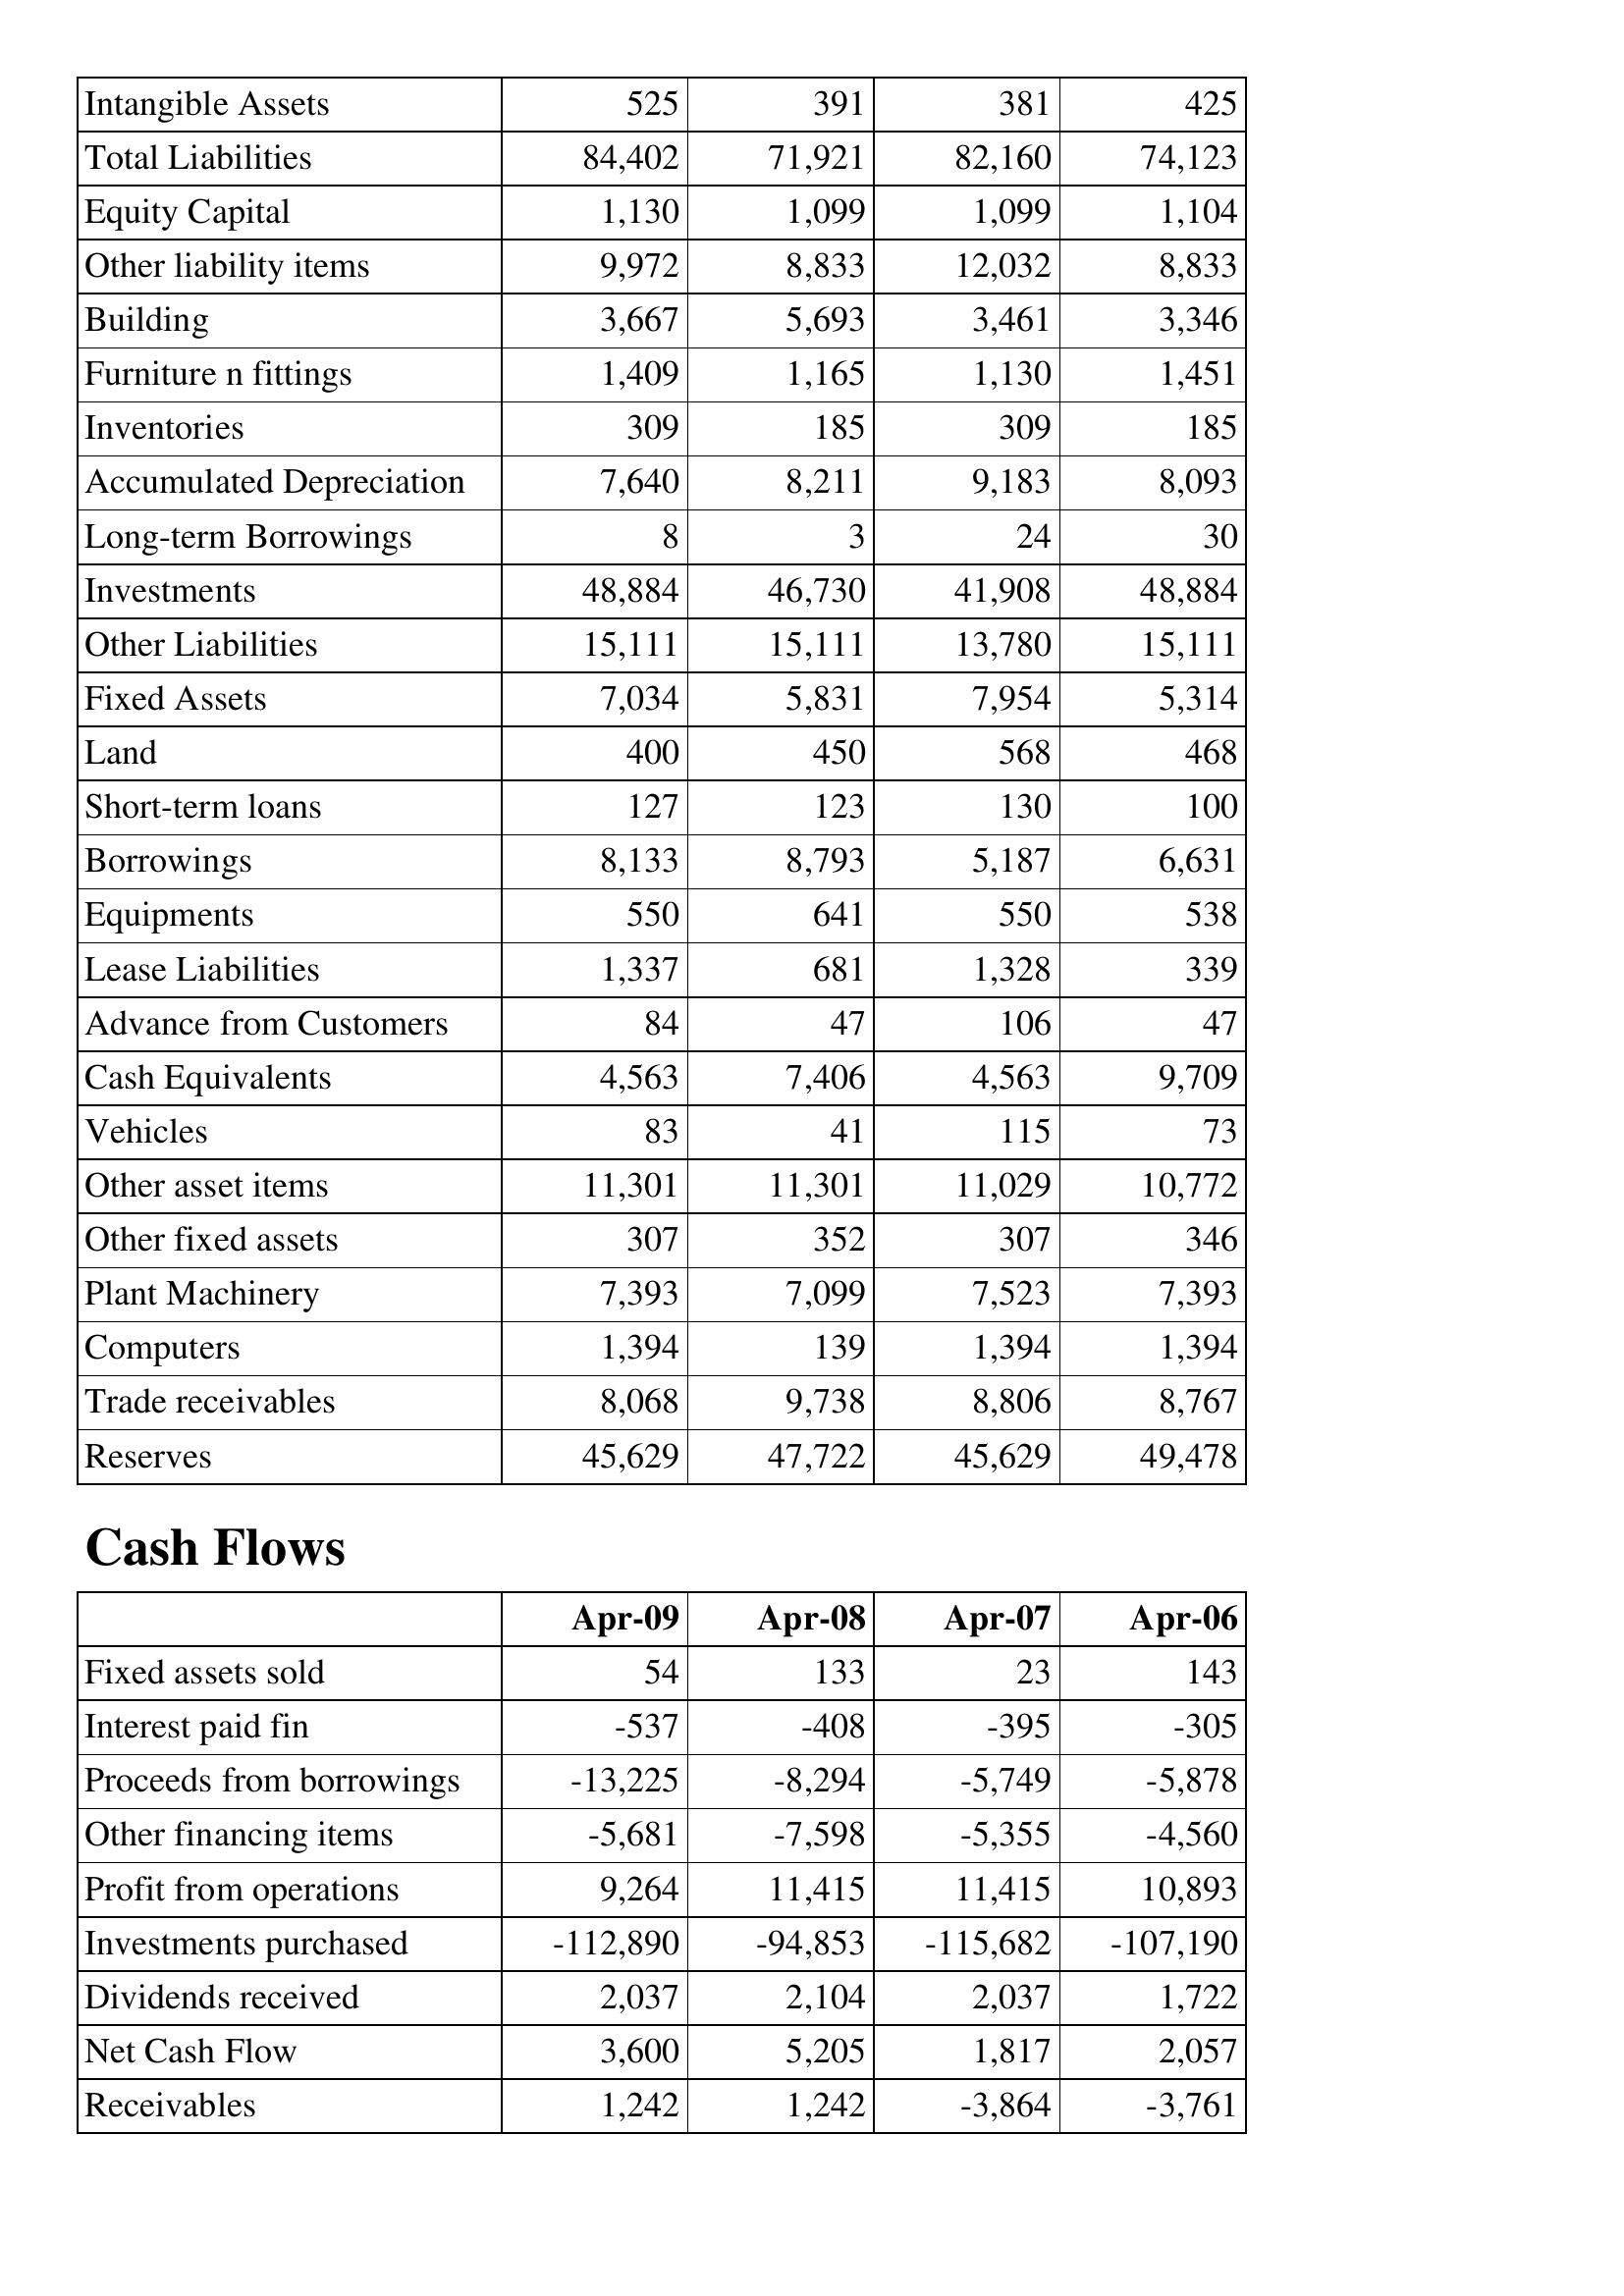
Apr-09: Balance Sheet: Intangible Assets: 525
Total Liabilities: 84,402
Equity Capital: 1,130
Other liability items: 9,972
Building: 3,667
Furniture n fittings: 1,409
Inventories: 309
Accumulated Depreciation: 7,640
Long-term Borrowings: 8
Investments: 48,884
Other Liabilities: 15,111
Fixed Assets: 7,034
Land: 400
Short-term loans: 127
Borrowings: 8,133
Equipments: 550
Lease Liabilities: 1,337
Advance from Customers: 84
Cash Equivalents: 4,563
Vehicles: 83
Other asset items: 11,301
Other fixed assets: 307
Plant Machinery: 7,393
Computers: 1,394
Trade receivables: 8,068
Reserves: 45,629
Cash Flows: Fixed assets sold: 54
Interest paid fin: -537
Proceeds from borrowings: -13,225
Other financing items: -5,681
Profit from operations: 9,264
Investments purchased: -112,890
Dividends received: 2,037
Net Cash Flow: 3,600
Receivables: 1,242
Apr-08: Balance Sheet: Intangible Assets: 391
Total Liabilities: 71,921
Equity Capital: 1,099
Other liability items: 8,833
Building: 5,693
Furniture n fittings: 1,165
Inventories: 185
Accumulated Depreciation: 8,211
Long-term Borrowings: 3
Investments: 46,730
Other Liabilities: 15,111
Fixed Assets: 5,831
Land: 450
Short-term loans: 123
Borrowings: 8,793
Equipments: 641
Lease Liabilities: 681
Advance from Customers: 47
Cash Equivalents: 7,406
Vehicles: 41
Other asset items: 11,301
Other fixed assets: 352
Plant Machinery: 7,099
Computers: 139
Trade receivables: 9,738
Reserves: 47,722
Cash Flows: Fixed assets sold: 133
Interest paid fin: -408
Proceeds from borrowings: -8,294
Other financing items: -7,598
Profit from operations: 11,415
Investments purchased: -94,853
Dividends received: 2,104
Net Cash Flow: 5,205
Receivables: 1,242
Apr-07: Balance Sheet: Intangible Assets: 381
Total Liabilities: 82,160
Equity Capital: 1,099
Other liability items: 12,032
Building: 3,461
Furniture n fittings: 1,130
Inventories: 309
Accumulated Depreciation: 9,183
Long-term Borrowings: 24
Investments: 41,908
Other Liabilities: 13,780
Fixed Assets: 7,954
Land: 568
Short-term loans: 130
Borrowings: 5,187
Equipments: 550
Lease Liabilities: 1,328
Advance from Customers: 106
Cash Equivalents: 4,563
Vehicles: 115
Other asset items: 11,029
Other fixed assets: 307
Plant Machinery: 7,523
Computers: 1,394
Trade receivables: 8,806
Reserves: 45,629
Cash Flows: Fixed assets sold: 23
Interest paid fin: -395
Proceeds from borrowings: -5,749
Other financing items: -5,355
Profit from operations: 11,415
Investments purchased: -115,682
Dividends received: 2,037
Net Cash Flow: 1,817
Receivables: -3,864
Apr-06: Balance Sheet: Intangible Assets: 425
Total Liabilities: 74,123
Equity Capital: 1,104
Other liability items: 8,833
Building: 3,346
Furniture n fittings: 1,451
Inventories: 185
Accumulated Depreciation: 8,093
Long-term Borrowings: 30
Investments: 48,884
Other Liabilities: 15,111
Fixed Assets: 5,314
Land: 468
Short-term loans: 100
Borrowings: 6,631
Equipments: 538
Lease Liabilities: 339
Advance from Customers: 47
Cash Equivalents: 9,709
Vehicles: 73
Other asset items: 10,772
Other fixed assets: 346
Plant Machinery: 7,393
Computers: 1,394
Trade receivables: 8,767
Reserves: 49,478
Cash Flows: Fixed assets sold: 143
Interest paid fin: -305
Proceeds from borrowings: -5,878
Other financing items: -4,560
Profit from operations: 10,893
Investments purchased: -107,190
Dividends received: 1,722
Net Cash Flow: 2,057
Receivables: -3,761